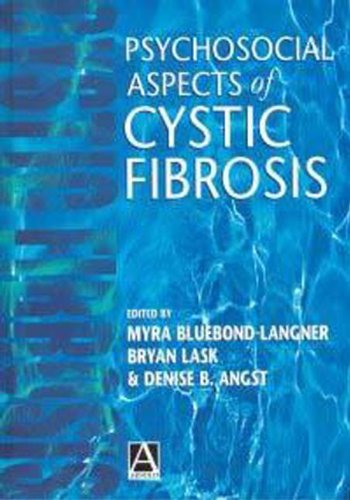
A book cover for Psychosocial Aspects of Cystic Fibrosis; Health, Fitness & Dieting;